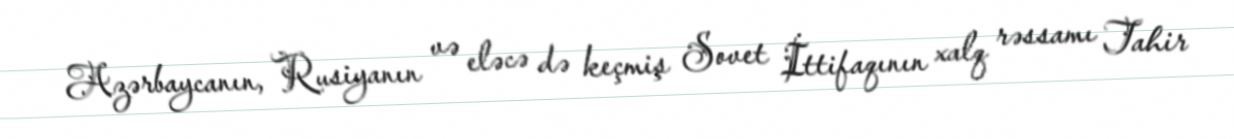
Azərbaycanın, Rusiyanın və eləcə də keçmiş Sovet İttifaqının xalq rəssamı Tahir